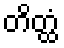
တိတ္ထံ